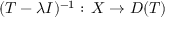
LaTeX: ( T - \lambda I ) ^ { - 1 } : \, X \to D ( T )